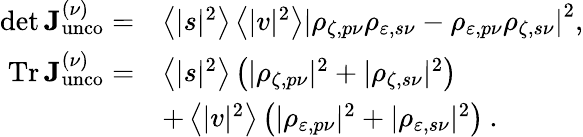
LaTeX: \begin{array}{rl}{\operatorname*{det}\mathop{\mathbf{J}_{\mathrm{unco}}^{(\nu)}}=}&{\left\langle|s|^{2}\right\rangle\left\langle|v|^{2}\right\rangle\left|\rho_{\zeta,p\nu}\rho_{\varepsilon,s\nu}-\rho_{\varepsilon,p\nu}\rho_{\zeta,s\nu}\right|^{2},}\\ {\mathrm{Tr}\mathop{\mathbf{J}_{\mathrm{unco}}^{(\nu)}}=}&{\left\langle|s|^{2}\right\rangle\left(|\rho_{\zeta,p\nu}|^{2}+|\rho_{\zeta,s\nu}|^{2}\right)}\\ &{+\left\langle|v|^{2}\right\rangle\left(|\rho_{\varepsilon,p\nu}|^{2}+|\rho_{\varepsilon,s\nu}|^{2}\right)\: .}\end{array}